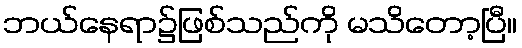
ဘယ်နေရာ၌ဖြစ်သည်ကို မသိတော့ပြီ။